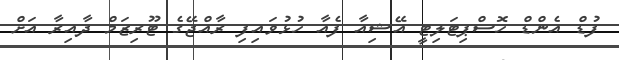
ފުޑް އެންޑް ހޮސްޕިޓަލިޓީ އޭޝިއާ ފެއާ ހުޅުވައިފި ރާއްޖޭގެ ޓޫރިޒަމް ދާއިރާ އަށް